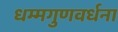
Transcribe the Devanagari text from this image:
धम्मगुणवर्धना